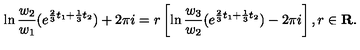
\ln \frac { w _ { 2 } } { w _ { 1 } } ( e ^ { \frac { 2 } { 3 } t _ { 1 } + \frac { 1 } { 3 } t _ { 2 } } ) + 2 \pi i = r \left[ \ln \frac { w _ { 3 } } { w _ { 2 } } ( e ^ { \frac { 2 } { 3 } t _ { 1 } + \frac { 1 } { 3 } t _ { 2 } } ) - 2 \pi i \right] , r \in { \bf R } .